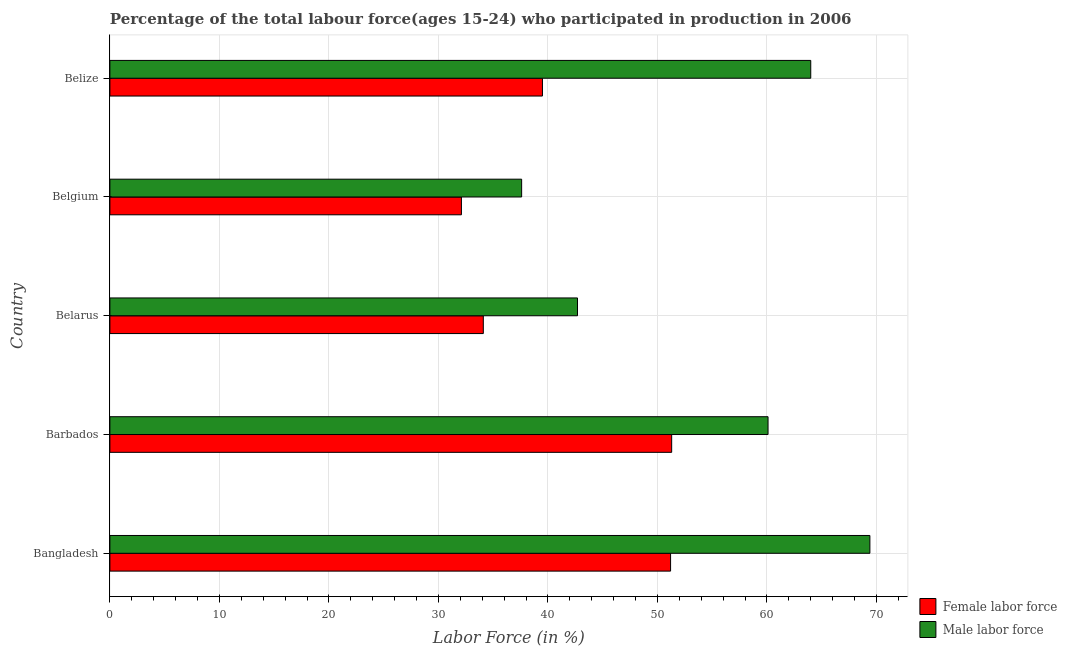
| Country | Female labor force | Male labor force |
 | --- | --- | --- |
 | Bangladesh | 51.2 | 69.4 |
 | Barbados | 51.3 | 60.1 |
 | Belarus | 34.1 | 42.7 |
 | Belgium | 32.1 | 37.6 |
 | Belize | 39.5 | 64 |